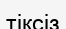
тіксіз